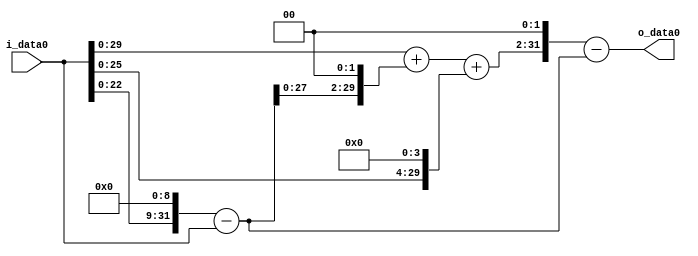
module multiplier_block (
    i_data0,
    o_data0
);

  // Port mode declarations:
  input   [31:0] i_data0;
  output  [31:0]
    o_data0;

  //Multipliers:

  wire [31:0]
    w1,
    w512,
    w511,
    w2044,
    w2045,
    w16,
    w2061,
    w8244,
    w7733;

  assign w1 = i_data0;
  assign w16 = w1 << 4;
  assign w2044 = w511 << 2;
  assign w2045 = w1 + w2044;
  assign w2061 = w2045 + w16;
  assign w511 = w512 - w1;
  assign w512 = w1 << 9;
  assign w7733 = w8244 - w511;
  assign w8244 = w2061 << 2;

  assign o_data0 = w7733;

  //multiplier_block area estimate = 7361.32319144118;
endmodule